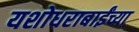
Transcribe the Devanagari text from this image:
यशोधराबाईंच्या